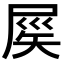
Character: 𡲑